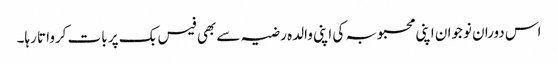
اس دوران نوجوان اپنی محبوبہ کی اپنی والدہ رضیہ سے بھی فیس بک پر بات کرواتا رہا۔